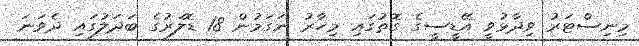
މިނިސްޓަރު ވިދާޅުވީ އޭޑީސީގެ ގޮތުގައި މިހާރު ނަގަމުން 18 ޑޮލަރުގެ ބަދަލުގައި ދެވަނަ